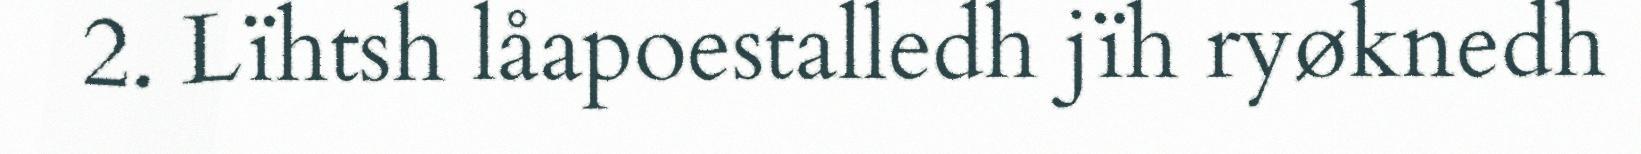
2. Lïhtsh låapoestalledh jïh ryøknedh